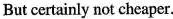
But certainly not cheaper.